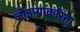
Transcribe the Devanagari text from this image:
जोडप्याकरिता